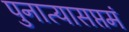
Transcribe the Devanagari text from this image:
पुनात्यासप्तमं